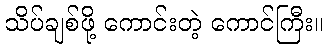
သိပ်ချစ်ဖို့ ကောင်းတဲ့ ကောင်ကြီး။